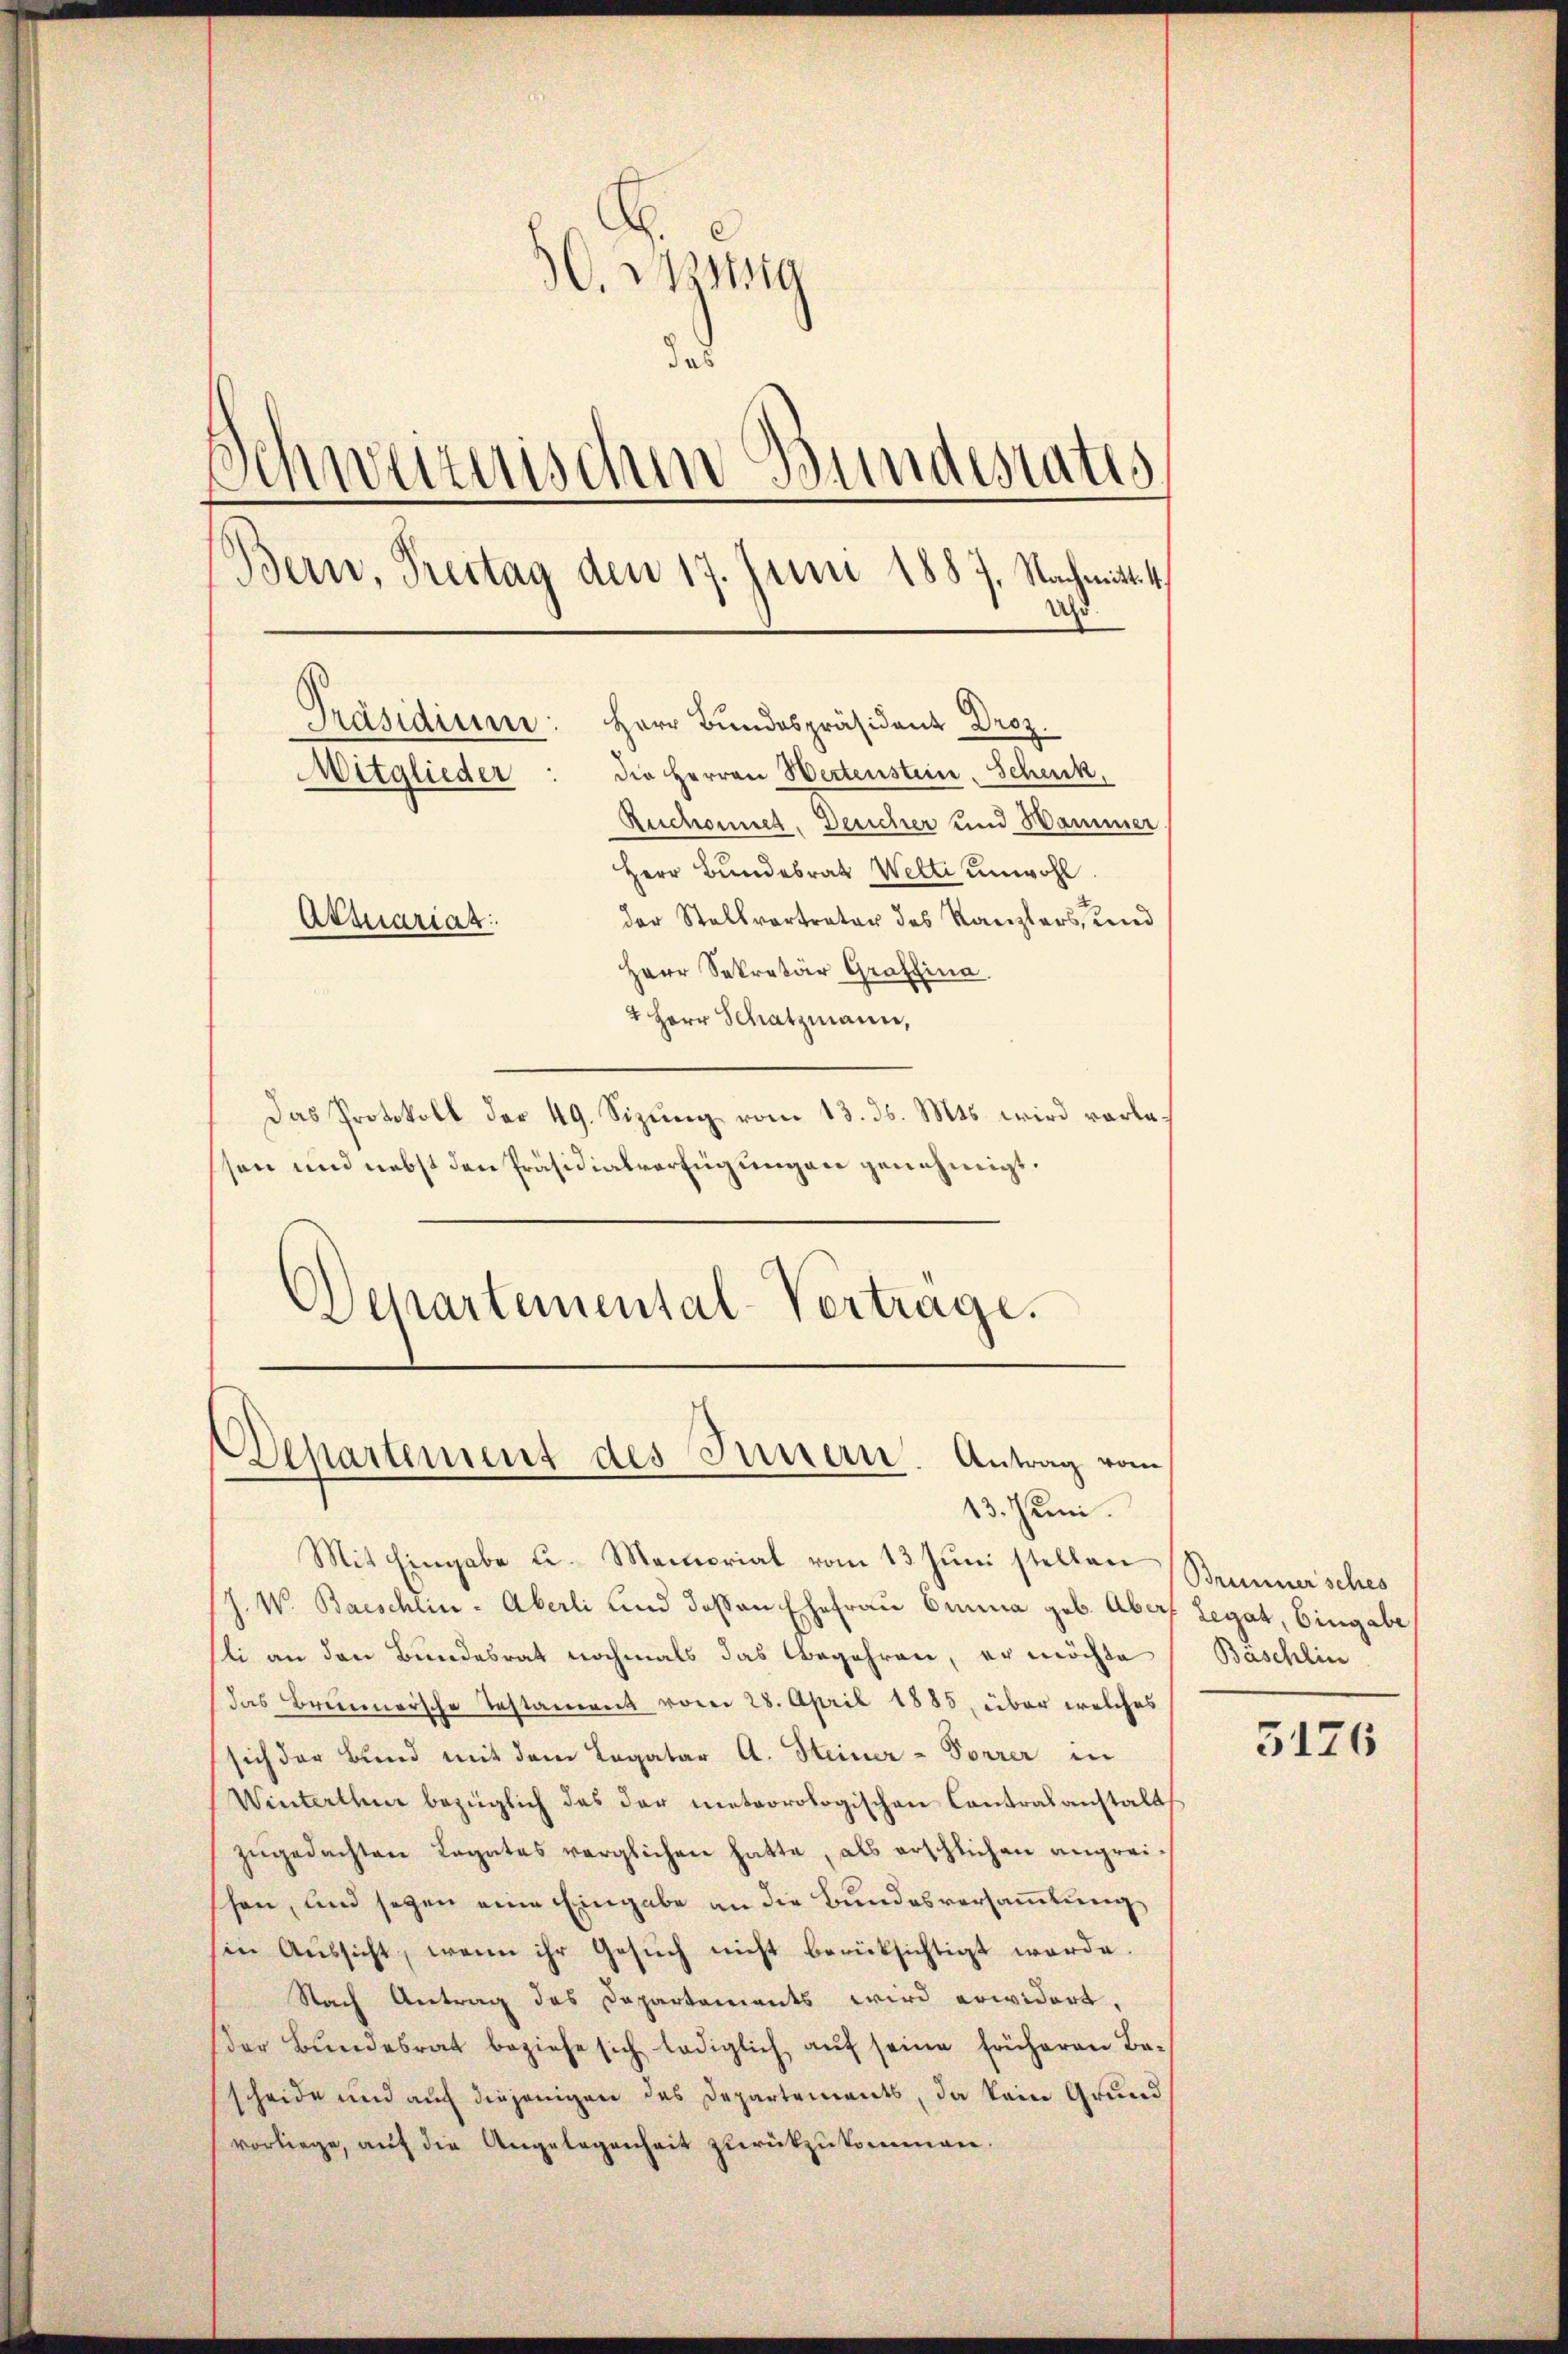
O. Nestig
das
C
vitischen Bundestatis
Bern, Treitag den 17. Juni 1887. Nachmitt
Uhr.
Präsidium: Herr Bundespräsident Droz.
die Herren Wertenstein. Schenk,
Mitglieder
Ruchonet. Desicher und Hammer.
Herr Bundesrath Welti unwohl.
der Stellvortrater des Kanzlers, und
Attuariat
Herr Sekretär Graffina

4 Herr Schatzmann,
Das Protokoll der 49. Sizung vom 13. ds. Mts. wird vorlesen und nebst den Präsidialverfügungen genehmigt.
Departemental-Vertrage.

Departement des Innern. Antrag vom
13. Juni.

Mit Eingabe u. Memorial vom 13. Juni stellen Brunnersches
J. W. Baeschlin - Aberli und deßen Ehefrau Einna geb. Aber Legat, Eingabe
sli an den Bundesrat nochmals das Begehren, er möchte
Das Brunnersche Testament vom 28. April 1885, über welches
sich der Bund mit dem Legatar A. Heiner-Torrer in
Winterthen bezüglich das der meteorologischen Contralanstalt
zugedachten Legates verglichen hatte, als erschlichen angreihen, und segen eine Eingabe an die Bundesversammlung
sine Aŭssicht, wenn ihr Gesŭch nicht berücksichtigt werde.
Nach Antrag des Departements wird erwidert.
der Bundesrat beziehe sich lediglich auf seine früheren Bescheide und auf diejenigen das Departements, da kein Grund
vorliege, auf die Angelegenheit zurückzukommen.

Baschlin
3176